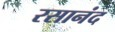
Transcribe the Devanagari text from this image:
रसानंद